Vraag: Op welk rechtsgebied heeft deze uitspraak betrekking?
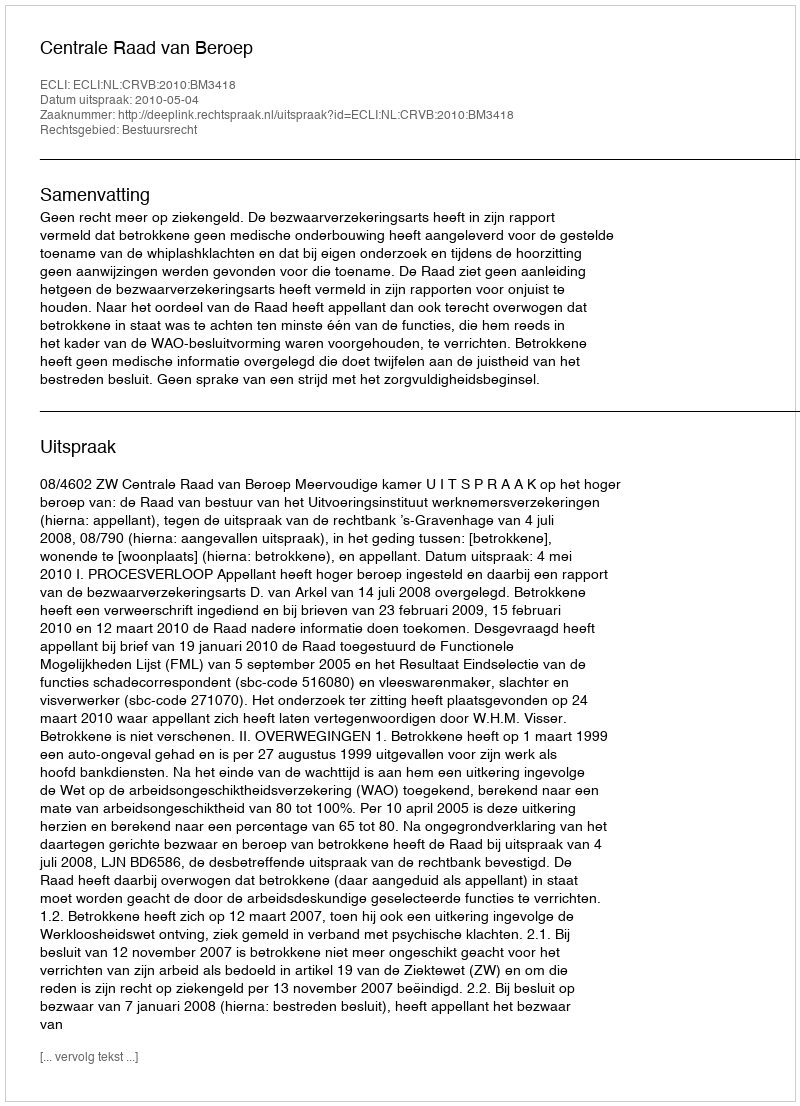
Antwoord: Bestuursrecht